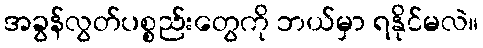
အခွန်လွတ်ပစ္စည်းတွေကို ဘယ်မှာ ရနိုင်မလဲ။